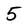
Character: 5